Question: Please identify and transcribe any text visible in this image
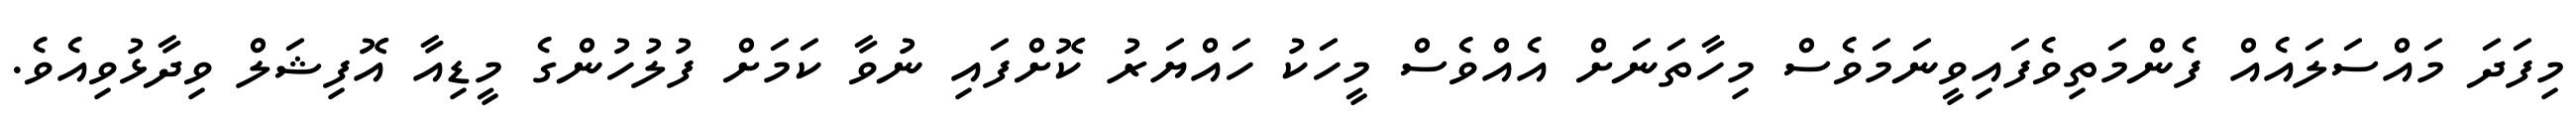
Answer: މިފަދަ މައްސަލައެއް ފެންމަތިވެފައިވީނަމަވެސް މިހާތަނަށް އެއްވެސް މީހަކު ހައްޔަރު ކޮށްފައި ނުވާ ކަމަށް ފުލުހުންގެ މީޑިއާ އޮފިޝަލް ވިދާޅުވިއެވެ.